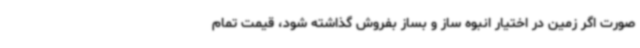
صورت اگر زمین در اختیار انبوه ساز و بساز بفروش گذاشته شود، قیمت تمام